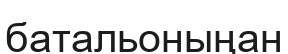
батальоныңан